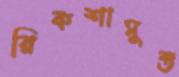
রিকশামুক্ত